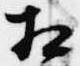
相